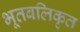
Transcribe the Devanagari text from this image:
भूतबलिकृत